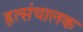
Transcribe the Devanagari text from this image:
हृत्संचालक